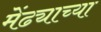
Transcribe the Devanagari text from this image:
मेंढ्याच्या